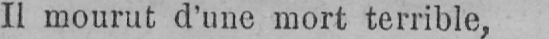
Il mourut d’une mort terrible,